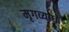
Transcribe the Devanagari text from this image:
मृगव्याध